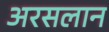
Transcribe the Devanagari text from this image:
अरसलान